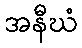
အနီဃံ